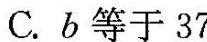
C.b等于37